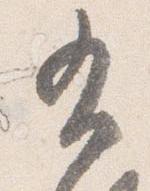
布